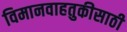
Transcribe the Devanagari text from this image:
विमानवाहतुकीसाठी